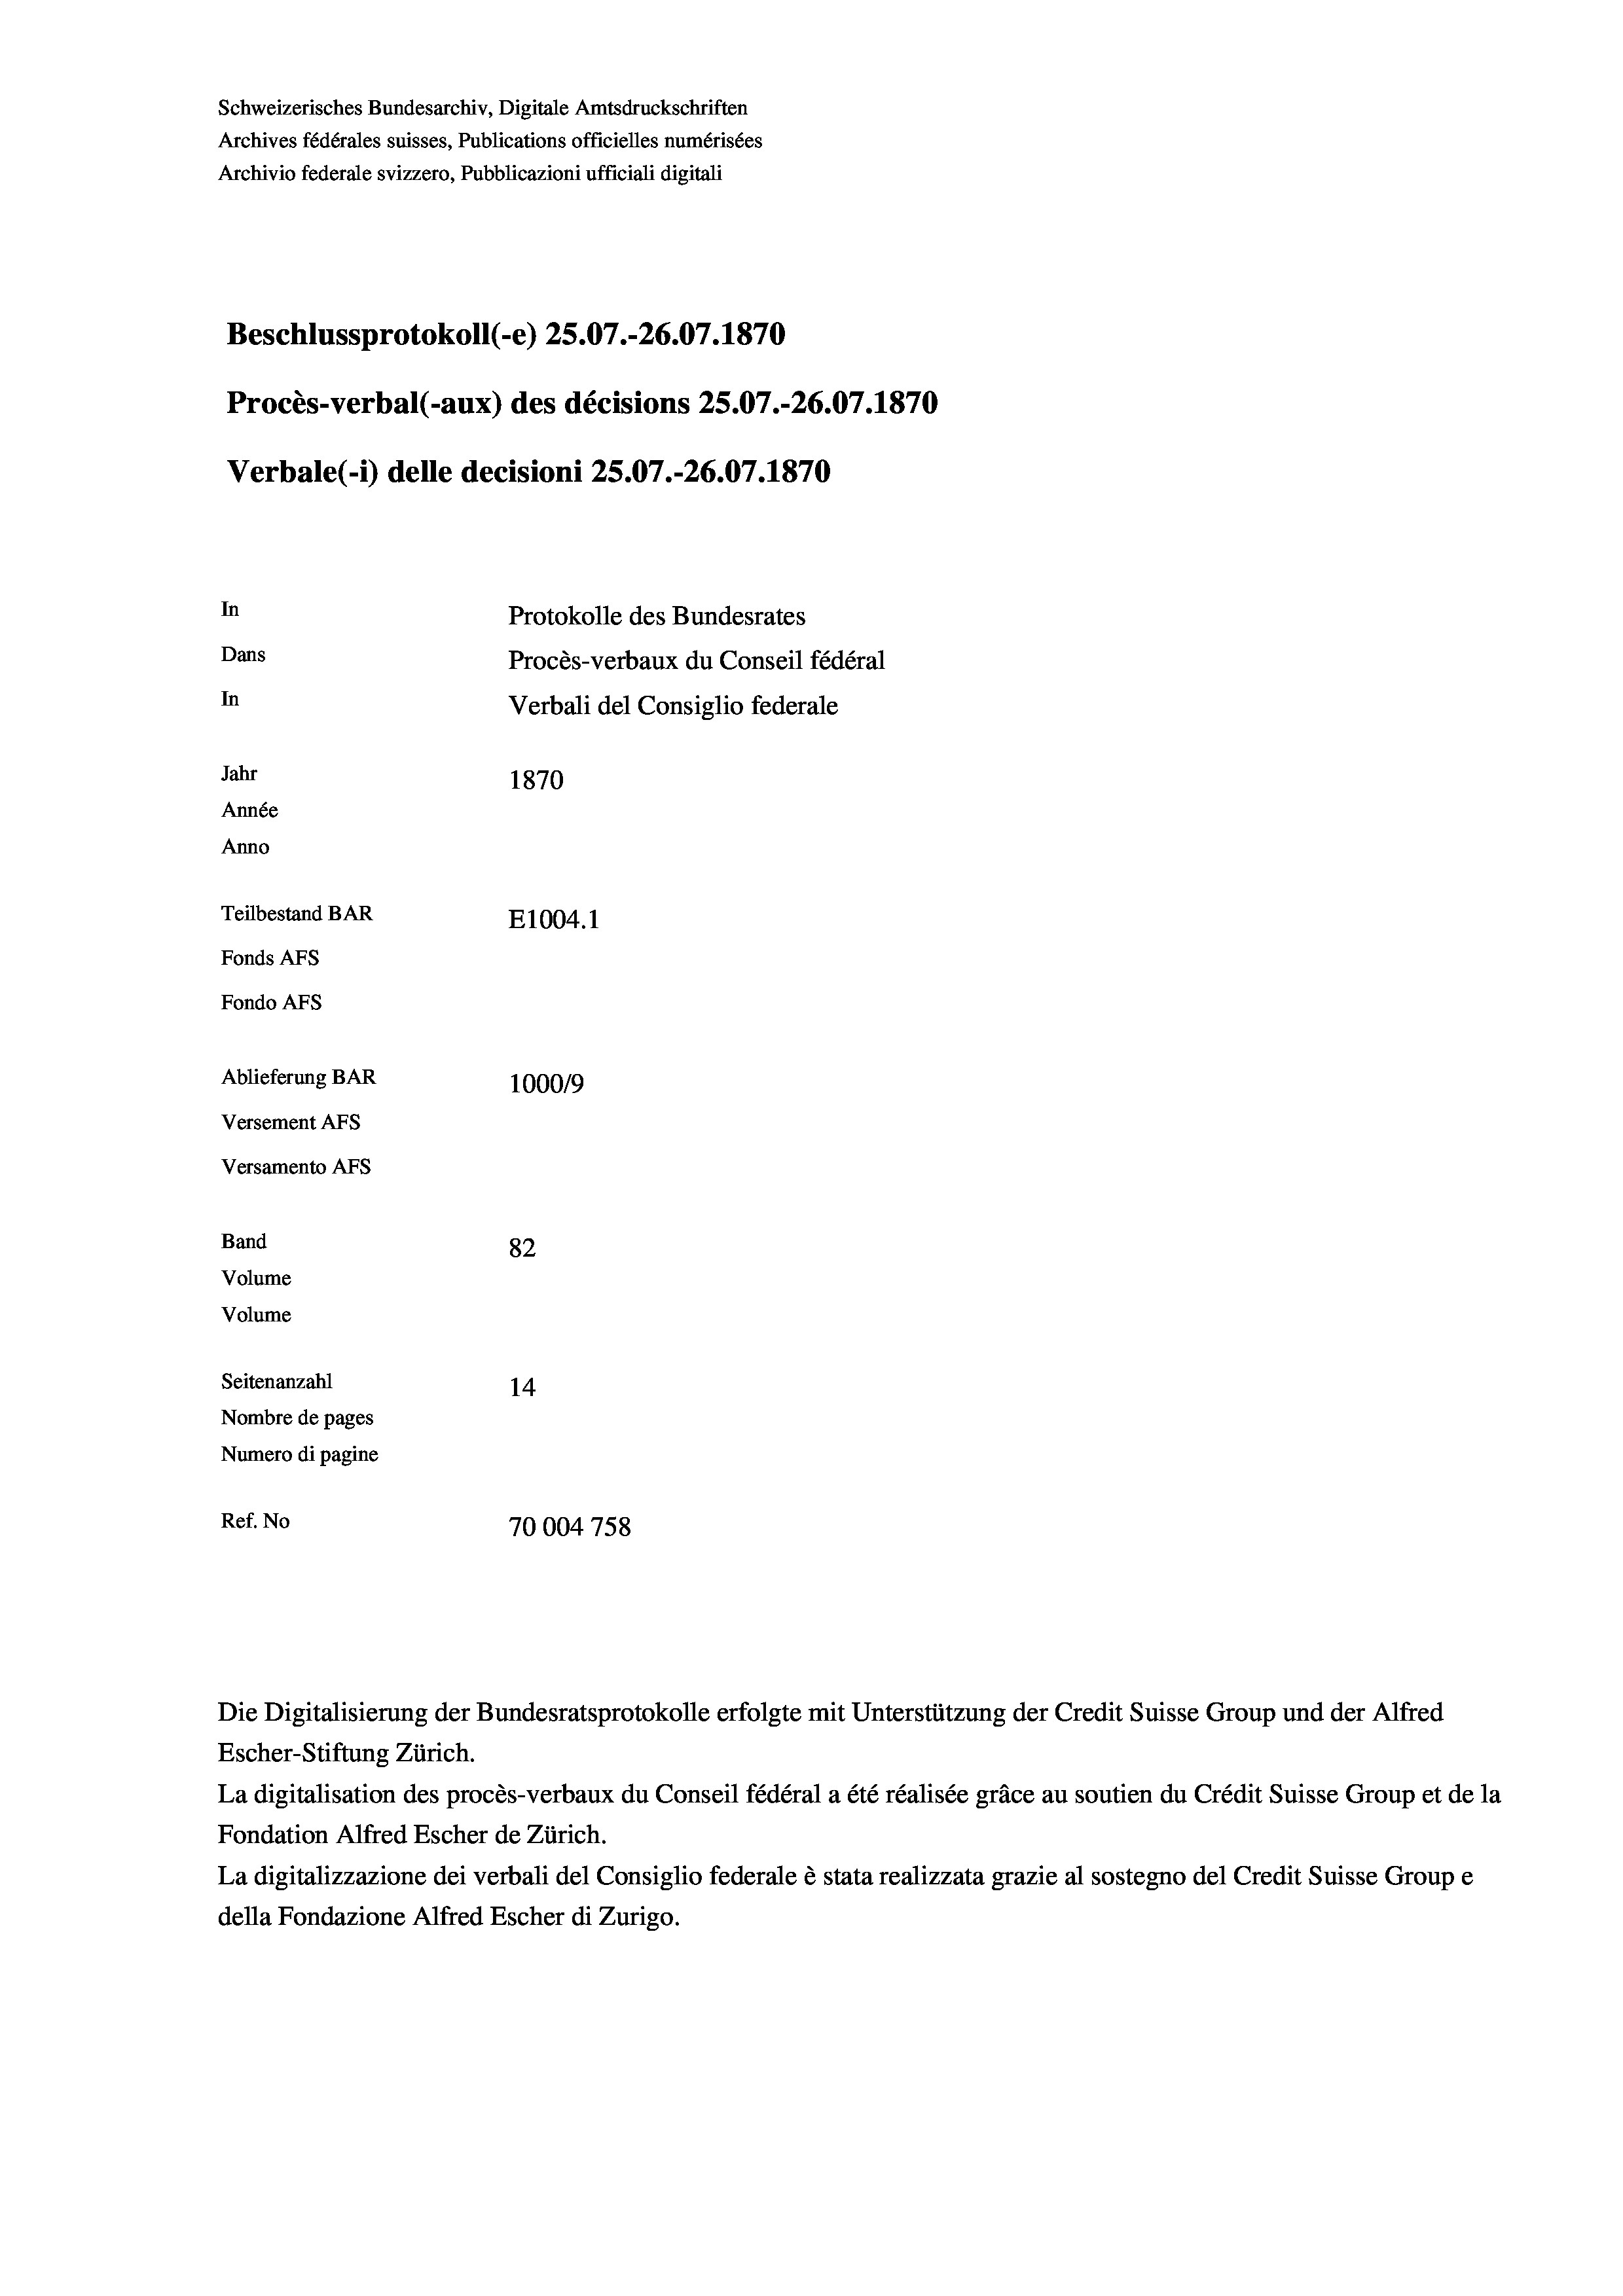
Schweizerisches Bundesarchiv, Digitale Amtsdruckschriften
Archives fédérales suisses, Publications officielles numérisées
Archivio federale svizzero, Pubblicazioni ufficiali digitali
Beschlussprotokoll (-e) 25.07.-26.07. 1870
Procès-verbal (-aux) des décisions 25.07.-26.07. 1870
Verbale (- 1) delle decisioni 25.07.-26.07. 1870
In
Protokolle des Bundesrates
Dans
Procès-verbaux du Conseil fédéral
In
Verbali del Consiglio federale
Jahr
1870
Année
Anno
Teilbestand BAR
E1004. 1
Fonds AFs
Fondo Afs
Ablieferung BAR
100019
Versement AFs
Versamento Afs
Band
82
Volume
Volume
Seitenanzahl
14
Nombre de pages
Numero di pagine

Ref. No
70004 758

Escher-Stiftung Zürich.
La digitalisation des procès-verbaux du Conseil fédéral a été réalisée gräce au soutien du Crédit Suisse Group et de la
Fondation Alfred Escher de Zürich.
La digitalizzazione dei verbali del Consiglio federale è stata realizzata grazie al sostegno del Credit Suisse Groupe
della Fondazione Alfred Escher di Zurigo.

Die Digitalisierung der Bundesratsprotokolle erfolgte mit Unterstützung der Credit Suisse Group und der Alfred